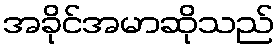
အခိုင်အမာဆိုသည်